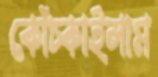
কোঁচ্‌কাইলাম